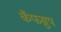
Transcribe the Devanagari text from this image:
कँफग्रुप